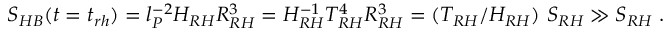
S _ { H B } ( t = t _ { r h } ) = l _ { P } ^ { - 2 } H _ { R H } R _ { R H } ^ { 3 } = H _ { R H } ^ { - 1 } T _ { R H } ^ { 4 } R _ { R H } ^ { 3 } = ( T _ { R H } / H _ { R H } ) ~ S _ { R H } \gg S _ { R H } \; .